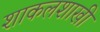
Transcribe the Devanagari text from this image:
शाकलशाखी